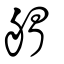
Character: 艒